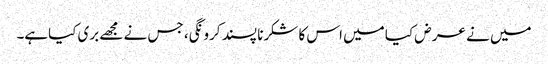
میں نے عر ض کیا میں اس کا شکرنا پسند کرو نگی، جس نے مجھے بری کیاہے۔